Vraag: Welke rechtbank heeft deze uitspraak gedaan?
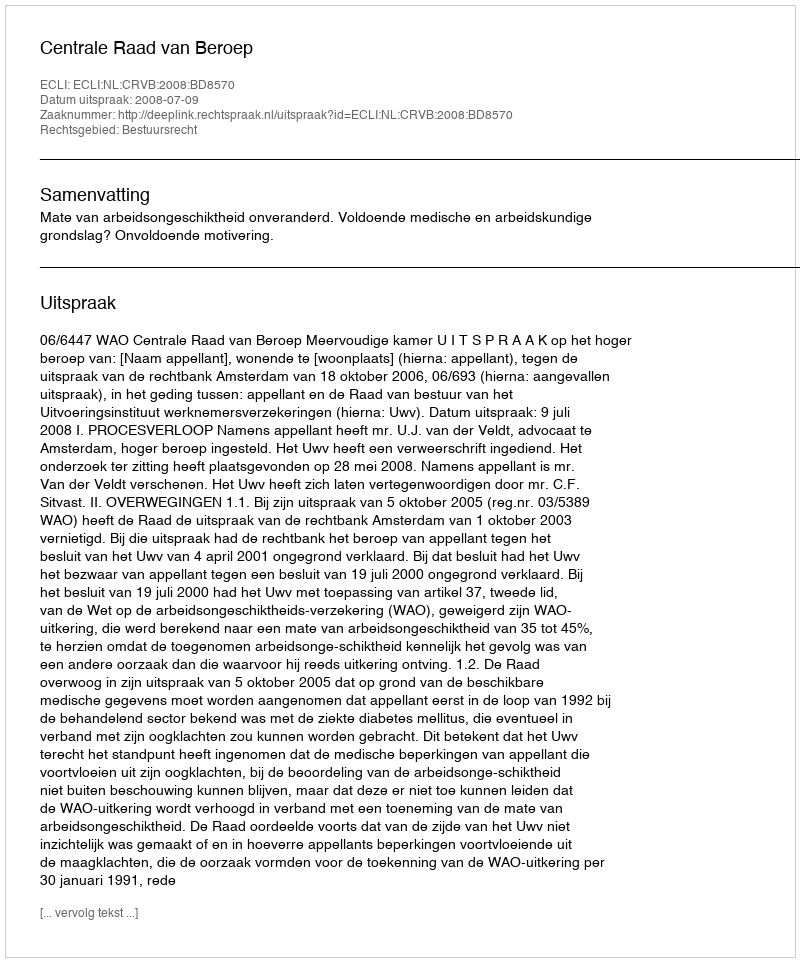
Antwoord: Centrale Raad van Beroep